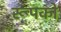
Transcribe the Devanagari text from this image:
रूपको